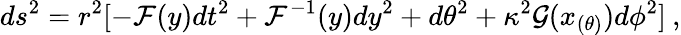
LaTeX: ds^{2}=r^{2}[-{\cal F}(y)dt^{2}+{\cal F}^{-1}(y)dy^{2}+d\theta^{2}+\kappa^{2}{\cal{G}}(x_{(\theta)})d\phi^{2}]\: ,